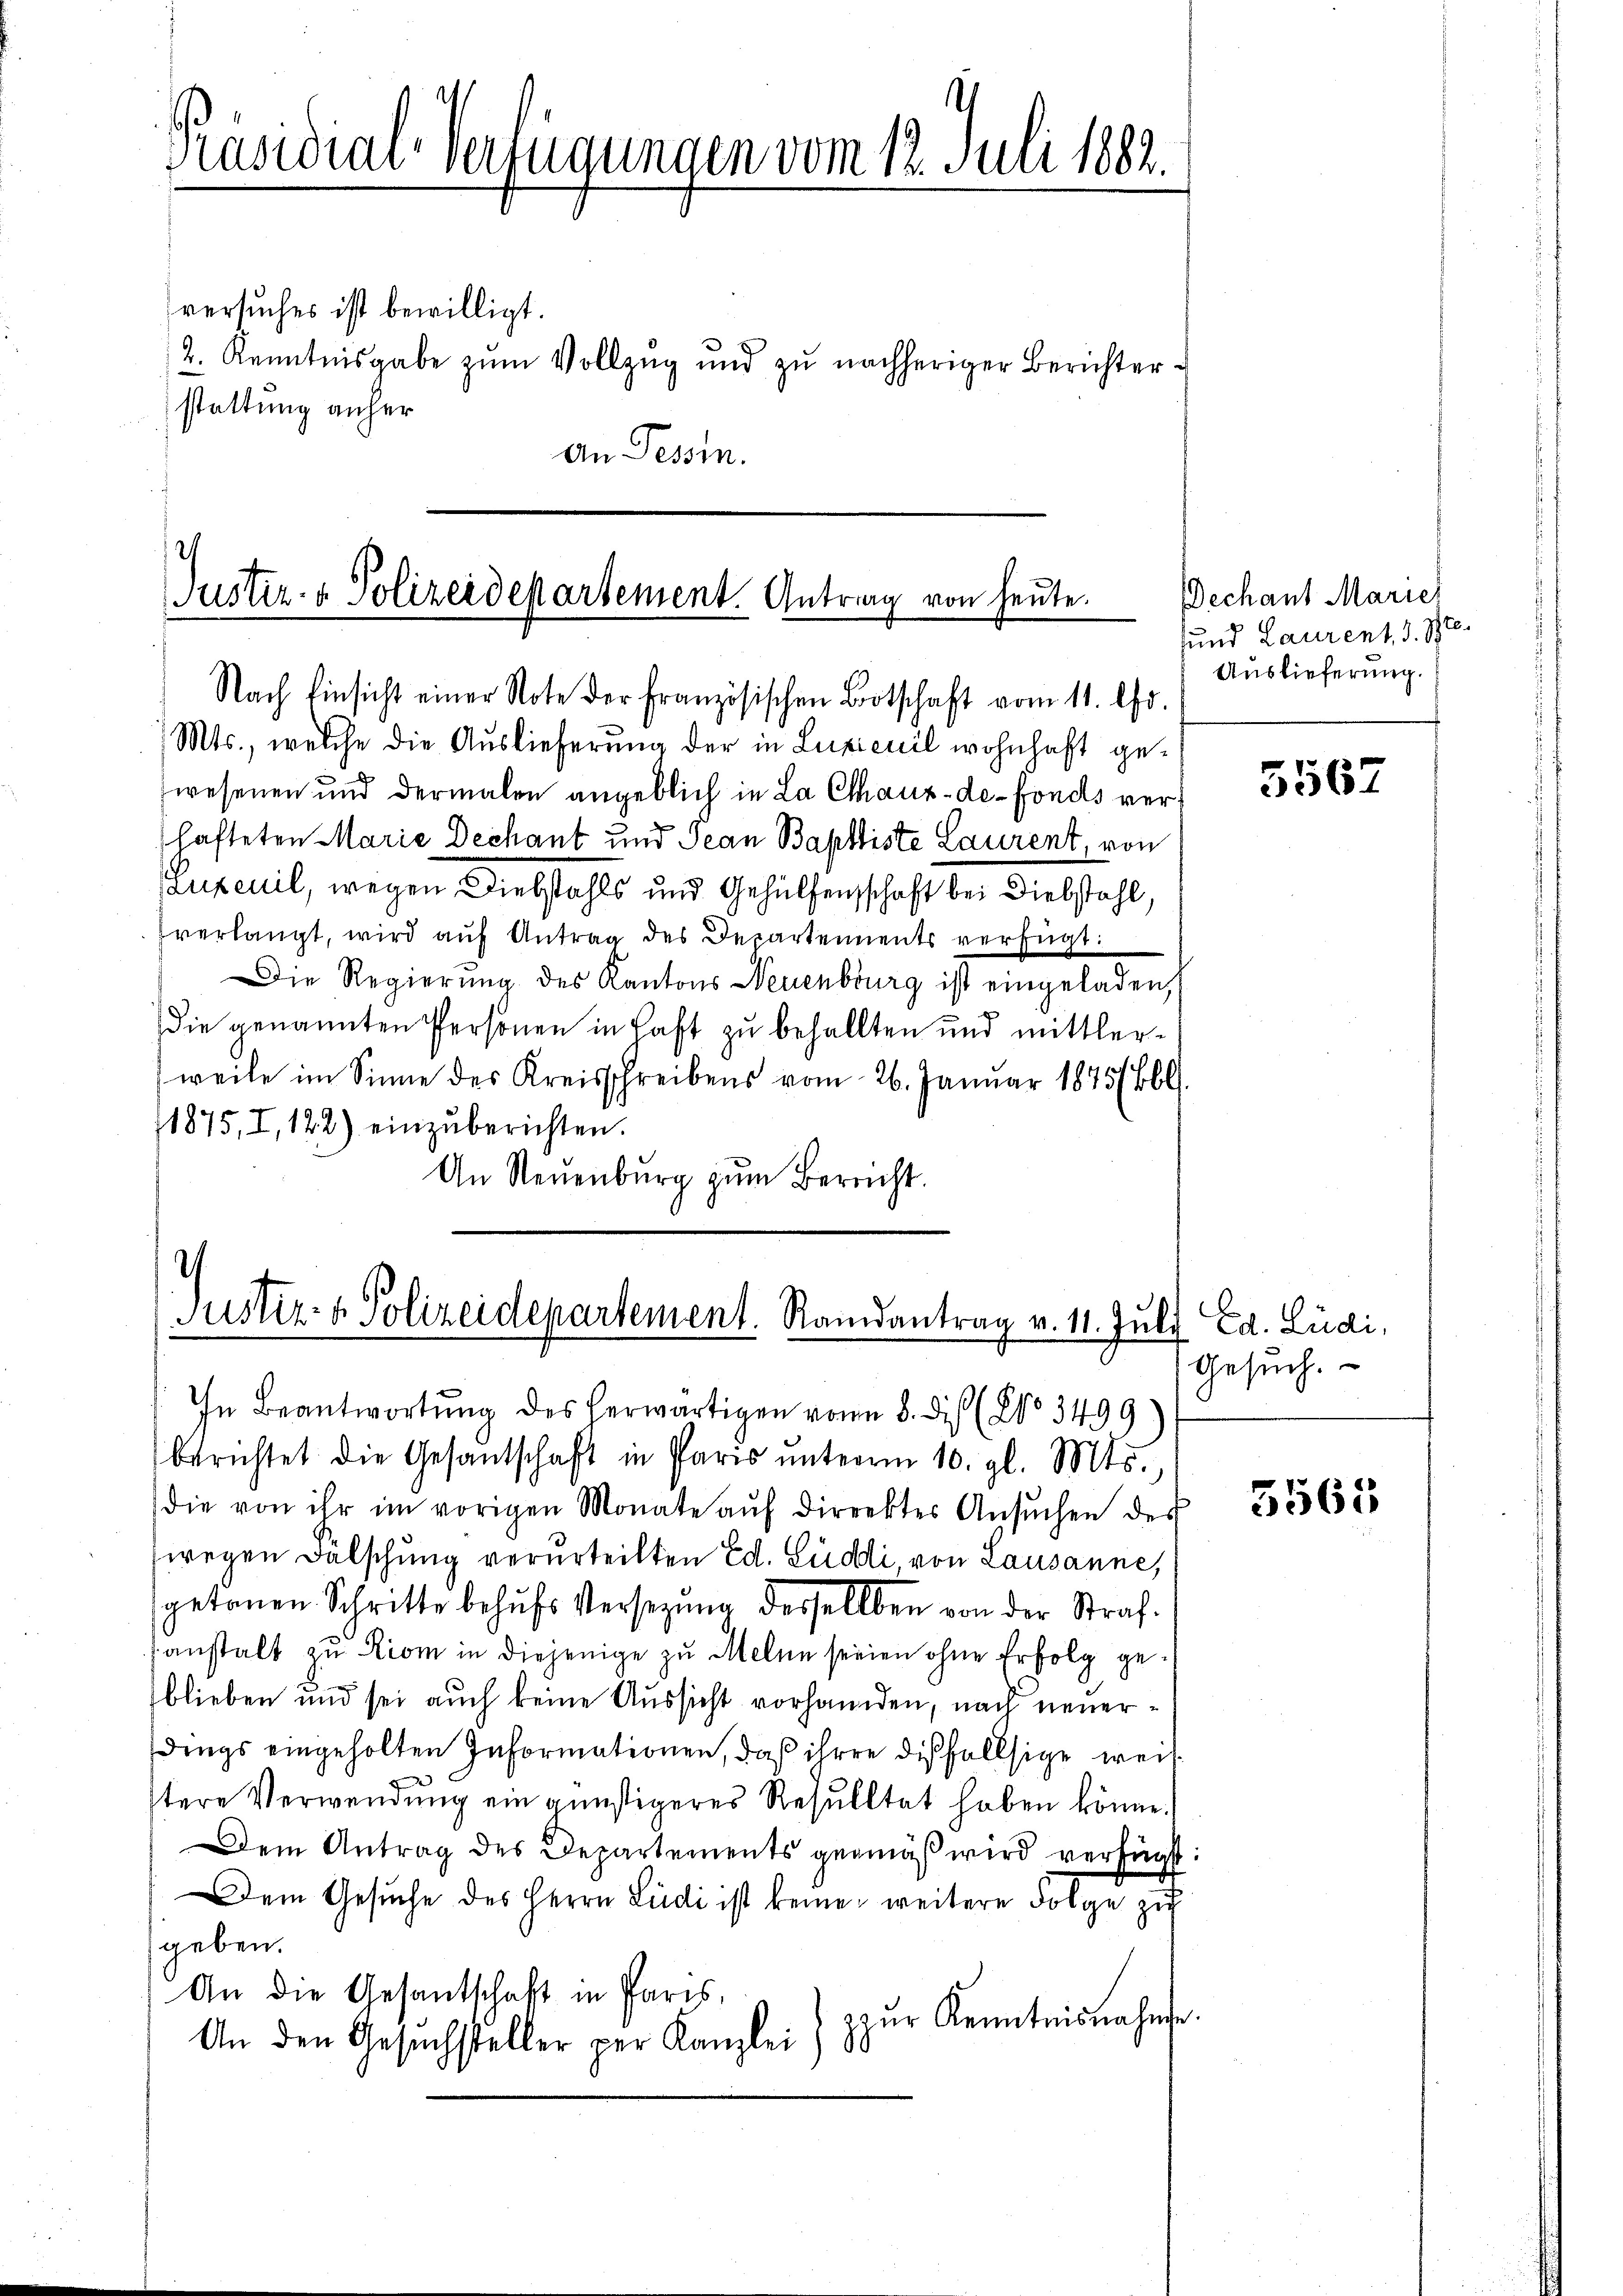
Präsidial-Verfügungen vom 12. Juli 1882.

versuches ist bewilligt.
stattung anher
An Tessin.

2. Kenntnisgabe zum Vollzug und zu nachheriger Berichter¬

Justiz- & Polizeidepartement. Antrag von heute.
Nach Einsicht einer Note der französischen Botschaft vom 11. Chr.

Mts., welche die Auslieferung der in Luxienil wohnhaft gewesenen und dermalen angeblich in La Chaux-de-Fonds verschafteten Marie Dechant und Jean Baptiste Laurent, von
Superil, wegen Diebstahls und Gehülfenschaft bei Diebstahl,
verlangt, wird auf Antrag des Departements verfügt:
Die Regierung des Kantons Neuenburg ist eingeladen,
die genannten Personen in Haft zu behallten und mittlerweile im Sinne des Kreisschreibens vom 26. Januar 1875/Bbl.
1875, I, 122) einzŭberichten.
An Neuenburg zŭm Bereicht.

i
Justiz- & Polizeidepartement. Randantrag v. 11. Juli Ed. Ludi,

In Beantwortŭng des herwärtigen von 8. di (No 3499
berichtet die Gesantschaft in Paris ŭnterm 10. gl. Mts.,
die von ihr im vorigen Monate aŭf dirrektes Ansŭchen des
wegen Fälschung verurteilten Ed. Ludi, von Lausanne,
getanen Schritte behŭfs Versezung dessellben von der Strafsanstalt zu Riom in diejenige zu Meine seinen ohne Erfolg geblieben und sei auch keine Aussicht vorhanden, nach neuerdings eingeholten Informationen, daß ihren dißfallsige weil
tere Verwendung ein günstigeres Resultat haben könne.
Dem Antrag des Departements gemäß wird verfügt:
Dem Gesŭche des Herrn Ludi ist keine weitere Folge zu
geben.
An die Gesantschaft in Paris,
zŭr Kenntnisnahme.
.
An den Gesuchsteller per Kanzlei

Dechant Marie
sund Laurent, d. J.
Auslieferung.

5567

Gesuch.

5565